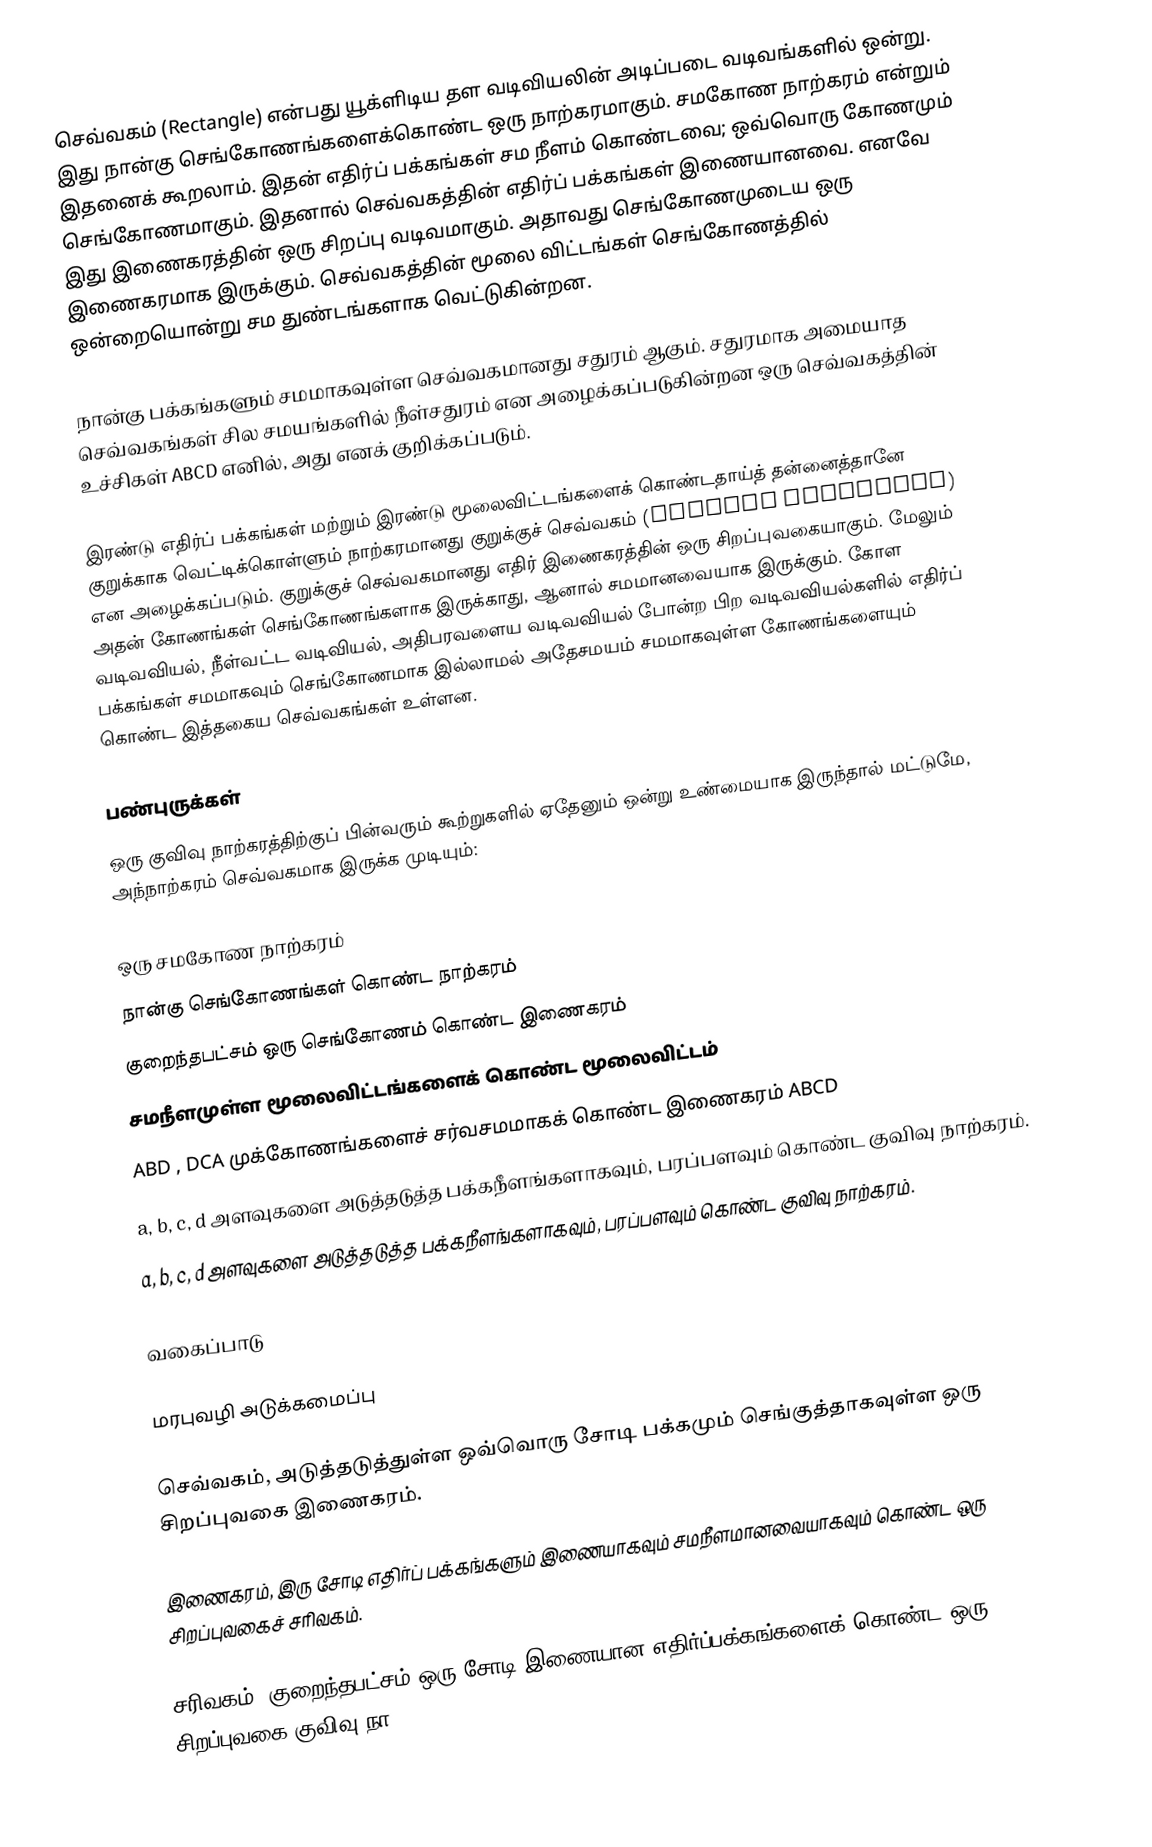
செவ்வகம் (Rectangle) என்பது யூக்ளிடிய தள வடிவியலின் அடிப்படை வடிவங்களில் ஒன்று. இது நான்கு செங்கோணங்களைக்கொண்ட ஒரு நாற்கரமாகும். சமகோண நாற்கரம் என்றும் இதனைக் கூறலாம். இதன் எதிர்ப் பக்கங்கள் சம நீளம் கொண்டவை; ஒவ்வொரு கோணமும் செங்கோணமாகும். இதனால் செவ்வகத்தின் எதிர்ப் பக்கங்கள் இணையானவை. எனவே இது இணைகரத்தின் ஒரு சிறப்பு வடிவமாகும். அதாவது செங்கோணமுடைய ஒரு இணைகரமாக இருக்கும். செவ்வகத்தின் மூலை விட்டங்கள் செங்கோணத்தில் ஒன்றையொன்று சம துண்டங்களாக வெட்டுகின்றன.

நான்கு பக்கங்களும் சமமாகவுள்ள செவ்வகமானது சதுரம் ஆகும். சதுரமாக அமையாத செவ்வகங்கள் சில சமயங்களில் நீள்சதுரம் என அழைக்கப்படுகின்றன ஒரு செவ்வகத்தின் உச்சிகள் ABCD எனில், அது  எனக் குறிக்கப்படும்.

இரண்டு எதிர்ப் பக்கங்கள் மற்றும் இரண்டு மூலைவிட்டங்களைக் கொண்டதாய்த் தன்னைத்தானே குறுக்காக வெட்டிக்கொள்ளும் நாற்கரமானது குறுக்குச் செவ்வகம் (crossed rectangle) என அழைக்கப்படும். குறுக்குச் செவ்வகமானது எதிர் இணைகரத்தின் ஒரு சிறப்புவகையாகும். மேலும் அதன் கோணங்கள் செங்கோணங்களாக இருக்காது, ஆனால் சமமானவையாக இருக்கும். கோள வடிவவியல், நீள்வட்ட வடிவியல், அதிபரவளைய வடிவவியல் போன்ற பிற வடிவவியல்களில் எதிர்ப் பக்கங்கள் சமமாகவும் செங்கோணமாக இல்லாமல் அதேசமயம் சமமாகவுள்ள கோணங்களையும் கொண்ட இத்தகைய செவ்வகங்கள் உள்ளன.

பண்புருக்கள்
ஒரு குவிவு நாற்கரத்திற்குப் பின்வரும் கூற்றுகளில் ஏதேனும் ஒன்று உண்மையாக இருந்தால் மட்டுமே, அந்நாற்கரம் செவ்வகமாக இருக்க முடியும்:

 ஒரு சமகோண நாற்கரம்
 நான்கு செங்கோணங்கள் கொண்ட நாற்கரம்
 குறைந்தபட்சம் ஒரு செங்கோணம் கொண்ட இணைகரம்
 சமநீளமுள்ள மூலைவிட்டங்களைக் கொண்ட மூலைவிட்டம்
 ABD , DCA முக்கோணங்களைச் சர்வசமமாகக் கொண்ட இணைகரம் ABCD
 a, b, c, d அளவுகளை அடுத்தடுத்த பக்கநீளங்களாகவும்,  பரப்பளவும் கொண்ட குவிவு நாற்கரம்.
 a, b, c, d அளவுகளை அடுத்தடுத்த பக்கநீளங்களாகவும்,  பரப்பளவும் கொண்ட குவிவு நாற்கரம்.

வகைப்பாடு

மரபுவழி அடுக்கமைப்பு

செவ்வகம், அடுத்தடுத்துள்ள ஒவ்வொரு சோடி பக்கமும் செங்குத்தாகவுள்ள ஒரு சிறப்புவகை இணைகரம்.

இணைகரம், இரு சோடி எதிர்ப் பக்கங்களும் இணையாகவும் சமநீளமானவையாகவும் கொண்ட ஒரு சிறப்புவகைச் சரிவகம்.

சரிவகம், குறைந்தபட்சம் ஒரு சோடி இணையான எதிர்ப்பக்கங்களைக் கொண்ட ஒரு சிறப்புவகை குவிவு நா